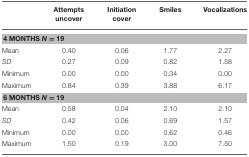
<table><thead><tr><td></td><td><b>Attempts uncover</b></td><td><b>Initiation cover</b></td><td><b>Smiles</b></td><td><b>Vocalizations</b></td></tr></thead><tbody><tr><td colspan="5"><b>4 MONTHS <i>N</i> = 19</b></td></tr><tr><td>Mean</td><td>0.40</td><td>0.06</td><td>1.77</td><td>2.27</td></tr><tr><td><i>SD</i></td><td>0.27</td><td>0.09</td><td>0.82</td><td>1.58</td></tr><tr><td>Minimum</td><td>0.00</td><td>0.00</td><td>0.34</td><td>0.00</td></tr><tr><td>Maximum</td><td>0.84</td><td>0.39</td><td>3.88</td><td>6.17</td></tr><tr><td colspan="5"><b>6 MONTHS <i>N</i> = 19</b></td></tr><tr><td>Mean</td><td>0.58</td><td>0.04</td><td>2.10</td><td>2.10</td></tr><tr><td><i>SD</i></td><td>0.42</td><td>0.06</td><td>0.69</td><td>1.57</td></tr><tr><td>Minimum</td><td>0.00</td><td>0.00</td><td>0.62</td><td>0.46</td></tr><tr><td>Maximum</td><td>1.50</td><td>0.19</td><td>3.00</td><td>7.50</td></tr></tbody></table>